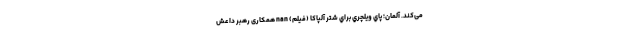
می‌کند. آلمان؛ پاي ويلچري براي شتر آلپاکا (فیلم) nan همکاری رهبر داعش